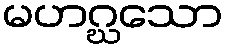
မဟဂ္ဃသော